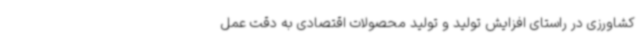
کشاورزی در راستای افزایش تولید و تولید محصولات اقتصادی به دقت عمل